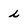
Character: i